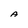
Character: A